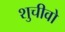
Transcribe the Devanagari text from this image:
शुचीवो